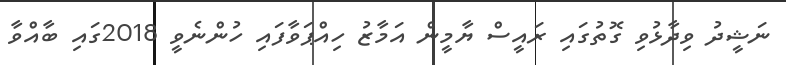
ނަޝީދު ވިދާޅުވި ގޮތުގައި ރައީސް ޔާމީން އަމާޒު ހިއްޕަވާފައި ހުންނެވީ 2018ގައި ބާއްވާ